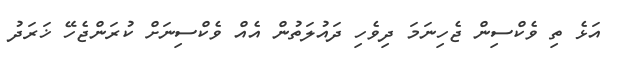
އަޅެ ތި ވެކްސިން ޖެހިނަމަ ދިވެހި ދައުލަތުން އެއް ވެކްސިނަށް ކުރަންޖެހޭ ޚަރަދު